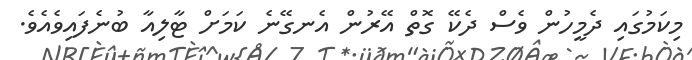
މިކަމުގައި ދެމީހުން ވެސް ދެކޭ ގޮތް އޭރުން އެނގޭނެ ކަމަށް ޓާލިއާ ބުނެފައިވެއެވެ.